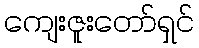
ကျေးဇူးတော်ရှင်